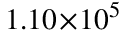
1 . 1 0 \! \times \! 1 0 ^ { 5 }